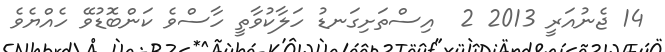
14 ޖެނުއަރީ 2013 2  އިސްތަށިގަނޑު ހަލާކުވާތީ ހާސްވެ ކަންބޮޑުވޭ ހެއްޔެވެ